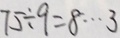
7 5 \div 9 = 8 \cdots 3